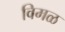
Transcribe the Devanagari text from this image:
विमळ